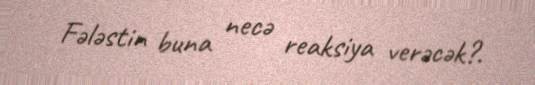
Fələstin buna necə reaksiya verəcək?.